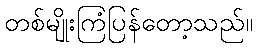
တစ်မျိုးကြံပြန်တော့သည်။